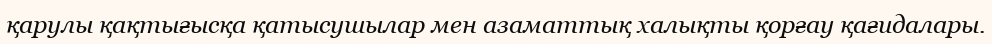
қарулы қақтығысқа қатысушылар мен азаматтық халықты қорғау қағидалары.